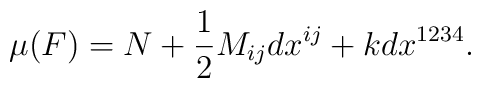
\mu(F)=N+\frac{1}{2}M_{ij}dx^{ij}+k dx^{1234}.